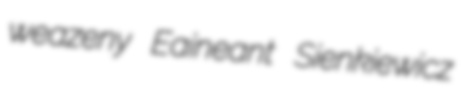
weazeny Eaineant Sienkiewicz